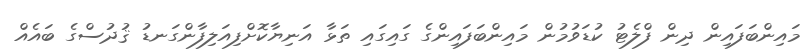
މައިންބަފައިން ދިން ފްލެޓު ކުޑަވުމުން މައިންބަފައިންގެ ގައިގައި ތަޅާ އަނިޔާކޮށްފިއަލިފާންގަނޑު ޤުދުސްގެ ބައެއް